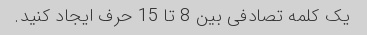
یک کلمه تصادفی بین 8 تا 15 حرف ایجاد کنید.